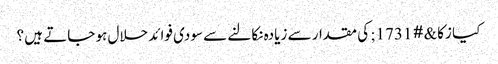
کیا زکا&#1731; کی مقدار سے زیادہ نکالنے سے سودی فوائد حلال ہو جاتے ہیں ؟